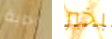
إجابة بخير